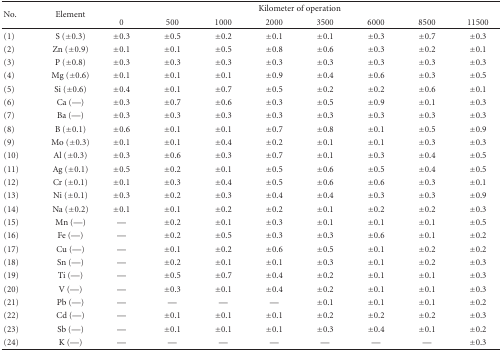
<table><thead><tr><td rowspan="2"><b>No.</b></td><td rowspan="2"><b>Element</b></td><td colspan="8"><b> Kilometer of operation</b></td></tr><tr><td><b> 0</b></td><td><b> 500</b></td><td><b>1000</b></td><td><b>2000</b></td><td><b>3500</b></td><td><b>6000</b></td><td><b>8500</b></td><td><b>11500</b></td></tr></thead><tbody><tr><td>(1)</td><td>S (±0.3)</td><td>±0.3</td><td>±0.5</td><td>±0.2</td><td>±0.1</td><td>±0.1</td><td>±0.3</td><td>±0.7</td><td>±0.3</td></tr><tr><td>(2)</td><td>Zn (±0.9)</td><td>±0.1</td><td>±0.1</td><td>±0.5</td><td>±0.8</td><td>±0.6</td><td>±0.3</td><td>±0.2</td><td>±0.1</td></tr><tr><td>(3)</td><td> P (±0.8)</td><td>±0.3</td><td>±0.3</td><td>±0.3</td><td>±0.3</td><td>±0.3</td><td>±0.3</td><td>±0.3</td><td>±0.3</td></tr><tr><td>(4)</td><td> Mg (±0.6)</td><td>±0.1</td><td>±0.1</td><td>±0.1</td><td>±0.9</td><td>±0.4</td><td>±0.6</td><td>±0.3</td><td>±0.5</td></tr><tr><td>(5)</td><td>Si (±0.6)</td><td>±0.4</td><td>±0.1</td><td>±0.7</td><td>±0.5</td><td>±0.2</td><td>±0.2</td><td>±0.6</td><td>±0.1</td></tr><tr><td>(6)</td><td>Ca (—)</td><td>±0.3</td><td>±0.7</td><td>±0.6</td><td>±0.3</td><td>±0.5</td><td>±0.9</td><td>±0.1</td><td>±0.3</td></tr><tr><td>(7)</td><td>Ba (—)</td><td>±0.3</td><td>±0.3</td><td>±0.3</td><td>±0.3</td><td>±0.3</td><td>±0.3</td><td>±0.3</td><td>±0.3</td></tr><tr><td>(8)</td><td>B (±0.1)</td><td>±0.6</td><td>±0.1</td><td>±0.1</td><td>±0.7</td><td>±0.8</td><td>±0.1</td><td>±0.5</td><td>±0.9</td></tr><tr><td>(9)</td><td>Mo (±0.3)</td><td>±0.1</td><td>±0.1</td><td>±0.4</td><td>±0.2</td><td>±0.1</td><td>±0.1</td><td>±0.3</td><td>±0.3</td></tr><tr><td>(10)</td><td>Al (±0.3)</td><td>±0.3</td><td>±0.6</td><td>±0.3</td><td>±0.7</td><td>±0.1</td><td>±0.3</td><td>±0.4</td><td>±0.5</td></tr><tr><td>(11)</td><td>Ag (±0.1)</td><td>±0.5</td><td>±0.2</td><td>±0.1</td><td>±0.5</td><td>±0.6</td><td>±0.5</td><td>±0.4</td><td>±0.5</td></tr><tr><td>(12)</td><td>Cr (±0.1)</td><td>±0.1</td><td>±0.3</td><td>±0.4</td><td>±0.5</td><td>±0.6</td><td>±0.6</td><td>±0.3</td><td>±0.1</td></tr><tr><td>(13)</td><td>Ni (±0.1)</td><td>±0.3</td><td>±0.2</td><td>±0.3</td><td>±0.4</td><td>±0.4</td><td>±0.3</td><td>±0.3</td><td>±0.9</td></tr><tr><td>(14)</td><td>Na (±0.2)</td><td>±0.1</td><td>±0.1</td><td>±0.2</td><td>±0.2</td><td>±0.1</td><td>±0.2</td><td>±0.2</td><td>±0.3</td></tr><tr><td>(15)</td><td>Mn (—)</td><td>—</td><td>±0.2</td><td>±0.1</td><td>±0.3</td><td>±0.1</td><td>±0.1</td><td>±0.1</td><td>±0.5</td></tr><tr><td>(16)</td><td>Fe (—)</td><td>—</td><td>±0.2</td><td>±0.5</td><td>±0.3</td><td>±0.3</td><td>±0.6</td><td>±0.1</td><td>±0.2</td></tr><tr><td>(17)</td><td>Cu (—)</td><td>—</td><td>±0.1</td><td>±0.2</td><td>±0.6</td><td>±0.5</td><td>±0.1</td><td>±0.2</td><td>±0.2</td></tr><tr><td>(18)</td><td>Sn (—)</td><td>—</td><td>±0.2</td><td>±0.1</td><td>±0.1</td><td>±0.3</td><td>±0.1</td><td>±0.2</td><td>±0.3</td></tr><tr><td>(19)</td><td>Ti (—)</td><td>—</td><td>±0.5</td><td>±0.7</td><td>±0.4</td><td>±0.2</td><td>±0.1</td><td>±0.1</td><td>±0.3</td></tr><tr><td>(20)</td><td>V (—)</td><td>—</td><td>±0.3</td><td>±0.1</td><td>±0.4</td><td>±0.2</td><td>±0.1</td><td>±0.1</td><td>±0.3</td></tr><tr><td>(21)</td><td>Pb (—)</td><td>—</td><td>—</td><td>—</td><td>—</td><td> ±0.1</td><td>±0.1</td><td>±0.1</td><td>±0.2</td></tr><tr><td>(22)</td><td>Cd (—)</td><td>—</td><td>±0.1</td><td>±0.1</td><td>±0.1</td><td>±0.2</td><td>±0.2</td><td>±0.2</td><td>±0.3</td></tr><tr><td>(23)</td><td>Sb (—)</td><td>—</td><td>±0.1</td><td>±0.1</td><td>±0.1</td><td>±0.3</td><td>±0.4</td><td>±0.1</td><td>±0.2</td></tr><tr><td>(24)</td><td>K (—)</td><td>—</td><td>—</td><td>—</td><td>—</td><td>—</td><td>—</td><td>—</td><td>±0.3</td></tr></tbody></table>